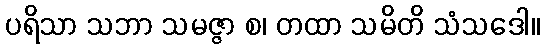
ပရိသာ သဘာ သမဇ္ဇာ စ၊ တထာ သမိတိ သံသဒေါ။